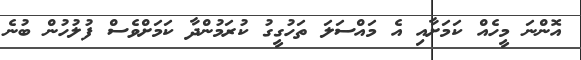
އޮންނަ މީހެއް ކަަމަށާއި އެ މައްސަލަ ތަހުގީގު ކުރަމުންދާ ކަމަށްވެސް ފުލުހުން ބުނެ